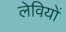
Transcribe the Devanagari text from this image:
लेवियों